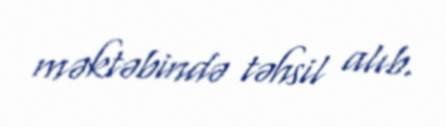
məktəbində təhsil alıb.